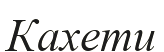
Кахети